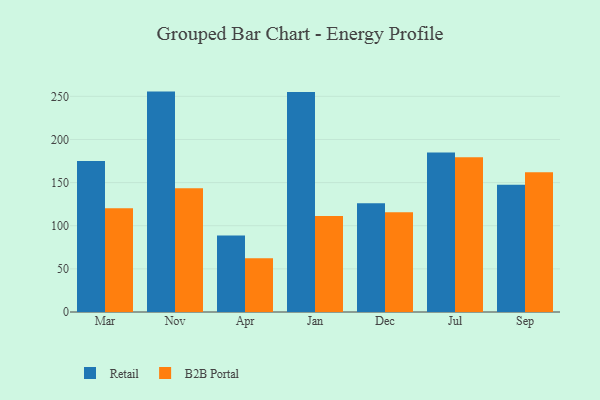
{"axis": {"x": "Month", "y": "Satisfaction Score"}, "legend": ["B2B Portal", "Retail"], "data": [{"x": "Mar", "y": 175.1, "type": "Retail"}, {"x": "Mar", "y": 120.2, "type": "B2B Portal"}, {"x": "Nov", "y": 255.5, "type": "Retail"}, {"x": "Nov", "y": 143.5, "type": "B2B Portal"}, {"x": "Apr", "y": 88.8, "type": "Retail"}, {"x": "Apr", "y": 62.3, "type": "B2B Portal"}, {"x": "Jan", "y": 254.9, "type": "Retail"}, {"x": "Jan", "y": 111.2, "type": "B2B Portal"}, {"x": "Dec", "y": 126.0, "type": "Retail"}, {"x": "Dec", "y": 115.7, "type": "B2B Portal"}, {"x": "Jul", "y": 185.0, "type": "Retail"}, {"x": "Jul", "y": 179.3, "type": "B2B Portal"}, {"x": "Sep", "y": 147.5, "type": "Retail"}, {"x": "Sep", "y": 162.0, "type": "B2B Portal"}]}